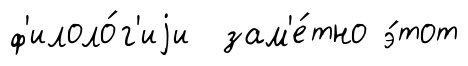
ф'илоло́г'иjи зам'е́тно э́тот